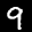
Label: 9